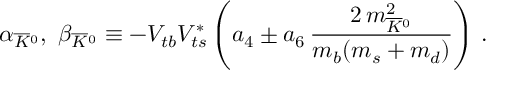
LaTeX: \alpha _ { \overline { { K } } { } ^ { 0 } } , \ \beta _ { \overline { { K } } { } ^ { 0 } } \equiv - V _ { t b } V _ { t s } ^ { * } \left( a _ { 4 } \pm a _ { 6 } \, \frac { 2 \, m _ { \overline { { K } } { } ^ { 0 } } ^ { 2 } } { m _ { b } ( m _ { s } + m _ { d } ) } \right) \, .